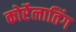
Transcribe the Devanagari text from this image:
कोर्रेलातिंग